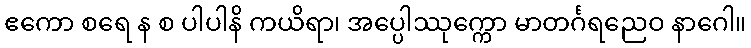
ဧကော စရေ န စ ပါပါနိ ကယိရာ၊ အပ္ပေါဿုက္ကော မာတင်္ဂရညေဝ နာဂေါ။